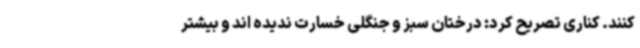
کنند. کناری تصریح کرد: درختان سبز و جنگلی خسارت ندیده اند و بیشتر